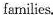
families。